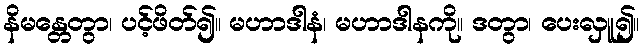
နိမန္တေတွာ၊ ပင့်ဖိတ်၍။ မဟာဒါနံ၊ မဟာဒါနကို။ ဒတွာ၊ ပေးလှူ၍။